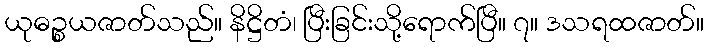
ယုဓဉ္စယဇာတ်သည်။ နိဋ္ဌိတံ၊ ပြီးခြင်းသို့ရောက်ပြီ။ ၇။ ဒသရထဇာတ်။